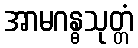
အာမဂန္ဓသုတ္တံ